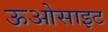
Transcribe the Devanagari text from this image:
ऊओसाइट